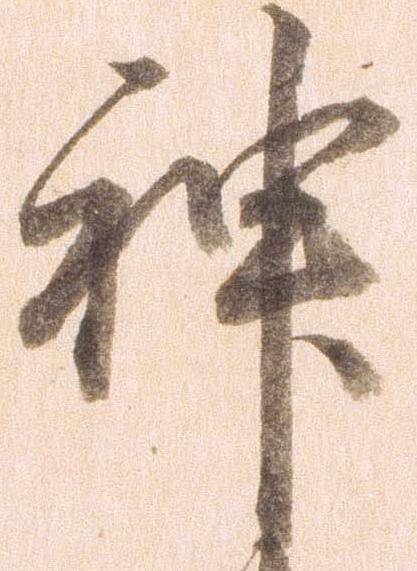
神